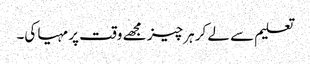
تعلیم سے لے کر ہر چیز مجھے وقت پر مہیا کی۔